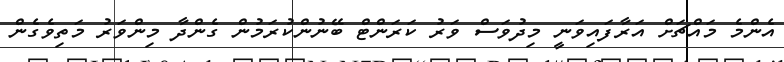
އެންމެ މައްޗަށް އަރާފައިވަނީ މިދުވަސް ވަރު ކަރަންޓް ބޭނުންކުރަމުން ގެންދާ މިންވަރު މަތިވެގެން